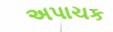
અપાચક